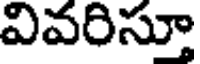
వివరిసూ